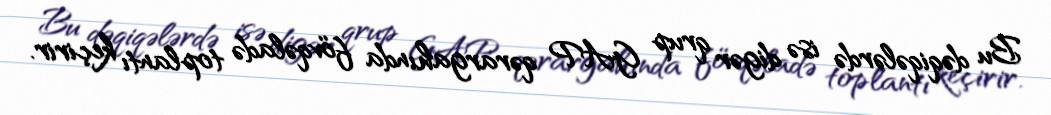
Bu dəqiqələrdə isə digər qrup GAP qərargahında fövqəladə toplantı keçirir.